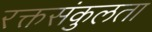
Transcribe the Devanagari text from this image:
रक्तसंकुलता